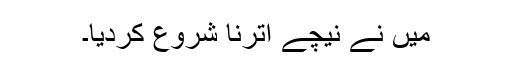
میں نے نیچے اُترنا شروع کردیا۔